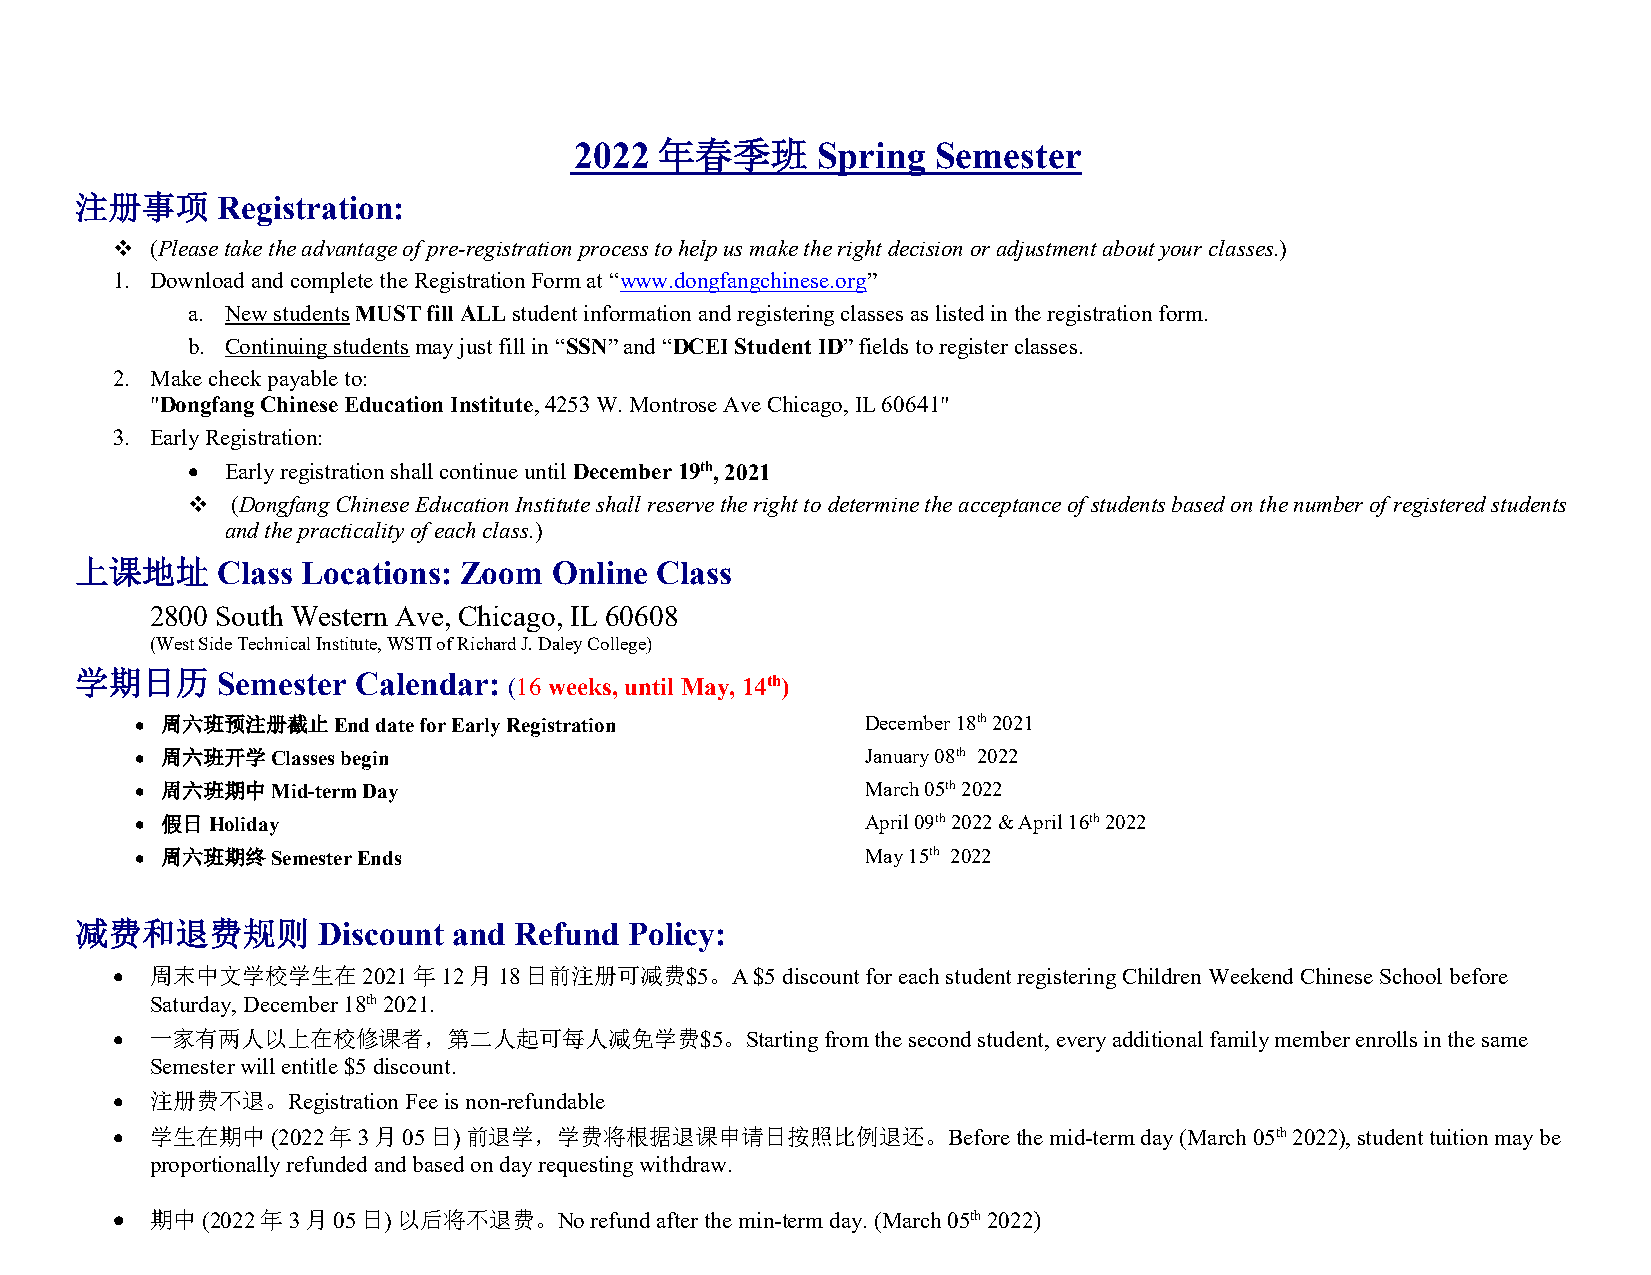
年春季班
 2022            Spring  Semester
 注册事项     Registration:
   (Please take the advantage of pre-registration process to help us make the right decision or adjustment about your classes.)
 1. Download and complete the Registration Form at “www.dongfangchinese.org”
 a. New students MUST fill ALL student information and registering classes as listed in the registration form.
 b. Continuing students may just fill in “SSN” and “DCEI Student ID” fields to register classes.
 2. Make check payable to:
 "Dongfang Chinese Education Institute, 4253 W. Montrose Ave Chicago, IL 60641"
 3. Early Registration:
 •  Early registration shall continue until December 19th, 2021
   (Dongfang Chinese Education Institute shall reserve the right to determine the acceptance of students based on the number of registered students
 and the practicality of each class.)
 上课地址     Class Locations: Zoom  Online Class
 2800 South Western Ave, Chicago, IL 60608
 (West Side Technical Institute, WSTI of Richard J. Daley College)
 学期日历     Semester  Calendar: (16 weeks, until May, 14th)
 • 周六班预注册截止   End date for Early Registration    December 18th 2021
 • 周六班开学Classes begin                            January 08th 2022
 • 周六班期中Mid-term Day                             March 05th 2022
 • 假日 Holiday                                    April 09th 2022 & April 16th 2022
 • 周六班期终Semester Ends                            May 15th 2022
 减费和退费规则         Discount and Refund  Policy:
 •  周末中文学校学生在2021年12月18日前注册可减费$5。A          $5 discount for each student registering Children Weekend Chinese School before
 Saturday, December 18th 2021.
 •  一家有两人以上在校修课者，第二人起可每人减免学费$5。Starting          from the second student, every additional family member enrolls in the same
 Semester will entitle $5 discount.
 •  注册费不退。Registration Fee is non-refundable
 •  学生在期中   (2022年3月05日) 前退学，学费将根据退课申请日按照比例退还。Before         the mid-term day (March 05th 2022), student tuition may be
 proportionally refunded and based on day requesting withdraw.
 •  期中 (2022年3月05日) 以后将不退费。No    refund after the min-term day. (March 05th 2022)